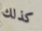
كذلك